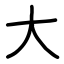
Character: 大